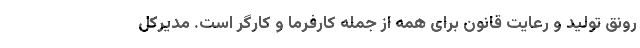
رونق تولید و رعایت قانون برای همه از جمله کارفرما و کارگر است. مدیرکل